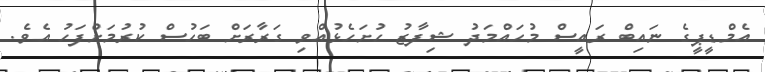
އެމްޑީޕީގެ ނައިބް ރައީސް މުހައްމަދު ޝިފާޒު ހުށަހެޅުއްވި ގަރާރަށް ބަހުސް ކުރުމަށްފަހު އެވެ.